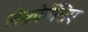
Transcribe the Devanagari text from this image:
लेकोर्बेसिए